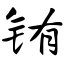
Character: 铕